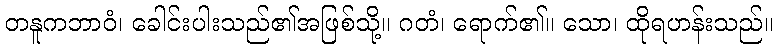
တနူကဘာဝံ၊ ခေါင်းပါးသည်၏အဖြစ်သို့။ ဂတံ၊ ရောက်၏။ သော၊ ထိုရဟန်းသည်။